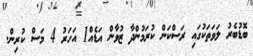
ބޮޑުބެރު ލަވަތަކުގައި ރަސްކަން ކުރަމުންދާ ޒުވާން އަޑެއް1 އަހަރު 4 މަސް ކުރިން.